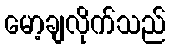
မော့ချလိုက်သည်